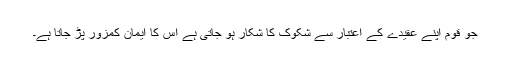
جو قوم اپنے عقیدے کے اعتبار سے شکوک کا شکار ہو جاتی ہے اس کا ایمان کمزور پڑ جاتا ہے۔